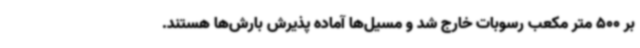
بر 500 متر مکعب رسوبات خارج شد و مسیل‌ها آماده پذیرش بارش‌ها هستند.